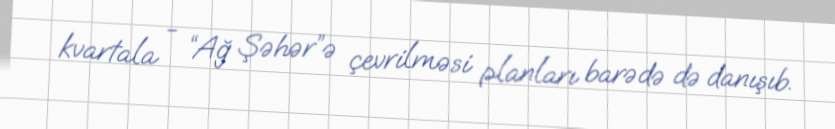
kvartala - “Ağ Şəhər”ə çevrilməsi planları barədə də danışıb.